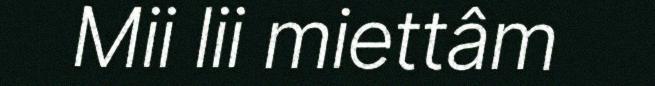
Mii lii miettâm